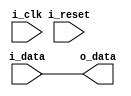
module ttl_buffer (
    input wire i_clk,
    input wire i_reset,
    input wire i_data,
    output reg o_data
);

assign o_data = i_data;

endmodule